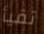
تقيأ